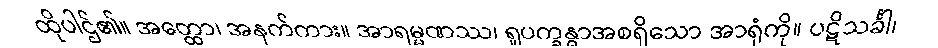
ထိုပါဌ်၏။ အတ္ထော၊ အနက်ကား။ အာရမ္မဏဿ၊ ရူပက္ခန္ဓာအစရှိသော အာရုံကို။ ပဋိသင်္ခါ၊